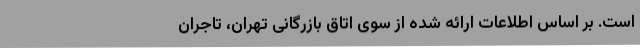
است. بر اساس اطلاعات ارائه شده از سوی اتاق بازرگانی تهران، تاجران